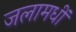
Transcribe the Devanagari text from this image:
जलामधीं